Calcutta medical institutions reports 1879-81 [i.e.91]
Year: 1879
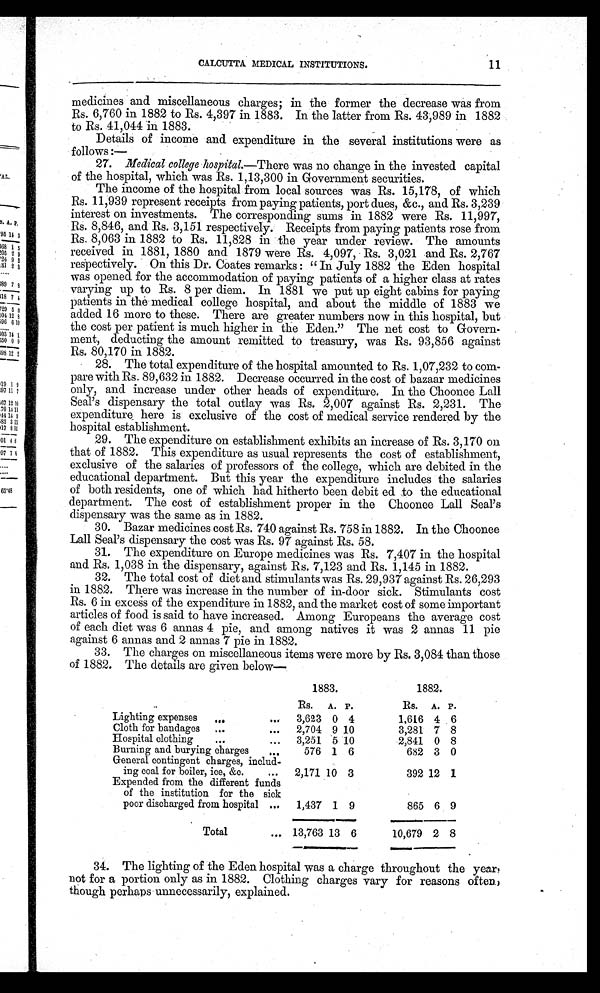
11
CALCUTTA MEDICAL INSTITUTIONS.
medicines and miscellaneous charges; in the former the decrease was from
Rs. 6,760 in 1882 to Rs. 4,397 in 1883. In the latter from Rs. 43,989 in 1882
to Rs. 41,044 in 1883.
Details of income and expenditure in the several institutions were as
follows: —
27. Medical college hospital.—There was no change in the invested capital
of the hospital, which was Rs. 1,13,300 in Government securities.
The income of the hospital from local sources was Rs. 15,178, of which
Rs. 11,939 represent receipts from paying patients, port dues, &c., and Rs. 3,239
interest on investments. The corresponding sums in 1882 were Rs. 11,997,
Rs. 8,846, and Rs. 3,151 respectively. Receipts from paying patients rose from
Rs. 8,063 in 1882 to Rs. 11,828 in the year under review. The amounts
received in 1881, 1880 and 1879 were Rs. 4,097, Rs. 3,021 and Rs. 2,767
respectively. On this Dr. Coates remarks: "In July 1882 the Eden hospital
was opened for the accommodation of paying patients of a higher class at rates
varying up to Rs. 8 per diem. In 1881 we put up eight cabins for paying
patients in the medical college hospital, and about the middle of 1883 we
added 16 more to these. There are greater numbers now in this hospital, but
the cost per patient is much higher in the Eden." The net cost to Govern-
ment, deducting the amount remitted to treasury, was Rs. 93,856 against
Rs. 80,170 in 1882.
28. The total expenditure of the hospital amounted to Rs. 1,07,232 to com-
pare with Rs. 89,632 in 1882. Decrease occurred in the cost of bazaar medicines
only, and increase under other heads of expenditure. In the Choonee Lall
Seal's dispensary the total outlay was Rs. 2,007 against Rs. 2,231. The
expenditure here is exclusive of the cost of medical service rendered by the
hospital establishment.
29. The expenditure on establishment exhibits an increase of Rs. 3,170 on
that of 1882. This expenditure as usual represents the cost of establishment,
exclusive of the salaries of professors of the college, which are debited in the
educational department. But this year the expenditure includes the salaries
of both residents, one of which had hitherto been debit ed to the educational
department. The cost of establishment proper in the Choonee Lall Seal's
dispensary was the same as in 1882.
30. Bazar medicines cost Rs. 740 against Rs. 758 in 1882. In the Choonee
Lall Seal's dispensary the cost was Rs. 97 against Rs. 58.
31. The expenditure on Europe medicines was Rs. 7,407 in the hospital
and Rs. 1,038 in the dispensary, against Rs. 7,123 and Rs. 1,145 in 1882.
32. The total cost of diet and stimulants was Rs. 29,937 against Rs. 26,293
in 1882. There was increase in the number of in-door sick. Stimulants cost
Rs. 6 in excess of the expenditure in 1882, and the market cost of some important
articles of food is said to have increased. Among Europeans the average cost
of each diet was 6 annas 4 pie, and among natives it was 2 annas 11 pie
against 6 annas and 2 annas 7 pie in 1882.
33. The charges on miscellaneous items were more by Rs. 3,084 than those
of 1882. The details are given below
—
1883.
1882.
Rs. A. P.
RS. A. P.
Lighting expenses
..
.
...
3 , 6 2 3 0 4
1,616 4 6
Cloth for bandages
...
...
2,704 9 10
3,281 7 8
Hospital clothing
...
...
3,251 5 10
2,841 0 8
Burning and burying charges
...
576 1 6
682 3 0
General contingent charges, includ
¬ing coal for boiler, ice, &c.
...
2,171 10 3
392 12 1
Expended from the different funds
of the institution for the sick
poor discharged from hospital ...
1,437 1 9
865 6 9
Total
... 13,763 13 6
10,679 2 8
34. The lighting of the Eden hospital was a charge throughout the year,
not for a portion only as in 1882. Clothing charges vary for reasons often,
though perhaps unnecessarily, explained.